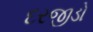
દરજીડો